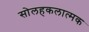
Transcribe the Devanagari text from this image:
सोलहकलात्मक